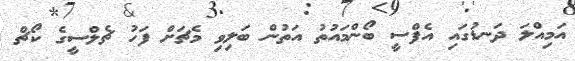
އަމިއްލަ ދަނޑުގައި އެފްސީ ބޯންމައުތު އަތުން ބަލިވި މެޗަށް ފަހު ޗެލްސީގެ ކޯޗް